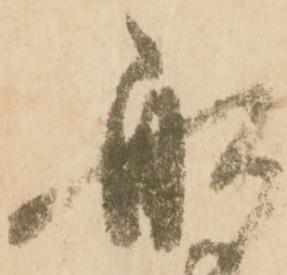
舩